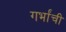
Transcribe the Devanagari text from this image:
गर्भांची